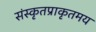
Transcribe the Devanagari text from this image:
संस्कृतप्राकृतमय